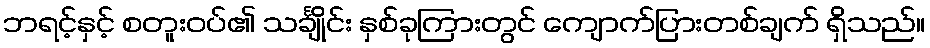
ဘရင့်နှင့် စတူးဝပ်၏ သင်္ချိုင်း နှစ်ခုကြားတွင် ကျောက်ပြားတစ်ချက် ရှိသည်။